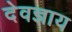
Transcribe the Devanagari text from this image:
देवज्ञाय